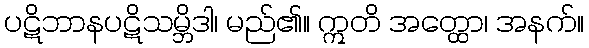
ပဋိဘာနပဋိသမ္ဘိဒါ၊ မည်၏။ ဣတိ အတ္ထော၊ အနက်။